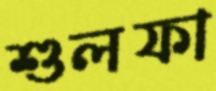
শুলফা